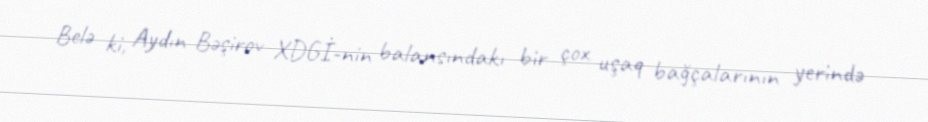
Belə ki, Aydın Bəşirov XDGİ-nin balansındakı bir çox uşaq bağçalarının yerində